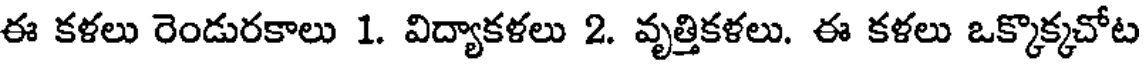
ఈ కళలు రెండురకాలు 1. విద్యాకళలు 2. వృత్తికళలు. ఈ కళలు ఒక్కొక్కచోట